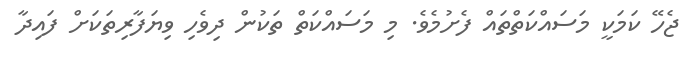
ޖެހޭ ކަމަކީ މަސައްކަތްތައް ފެށުމެވެ. މި މަސައްކަތް ތަކުން ދިވެހި ވިޔަފާރިތަކަށް ފައިދާ